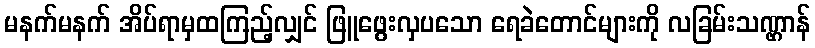
မနက်မနက် အိပ်ရာမှထကြည့်လျှင် ဖြူဖွေးလှပသော ရေခဲတောင်များကို လခြမ်းသဏ္ဌာန်